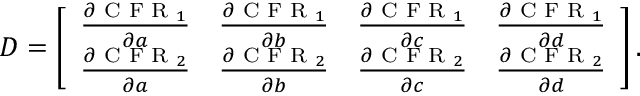
\begin{array} { r } { D = \left[ \begin{array} { l l l l } { \frac { \partial \textrm { C F R } _ { 1 } } { \partial a } } & { \frac { \partial \textrm { C F R } _ { 1 } } { \partial b } } & { \frac { \partial \textrm { C F R } _ { 1 } } { \partial c } } & { \frac { \partial \textrm { C F R } _ { 1 } } { \partial d } } \\ { \frac { \partial \textrm { C F R } _ { 2 } } { \partial a } } & { \frac { \partial \textrm { C F R } _ { 2 } } { \partial b } } & { \frac { \partial \textrm { C F R } _ { 2 } } { \partial c } } & { \frac { \partial \textrm { C F R } _ { 2 } } { \partial d } } \end{array} \right] . } \end{array}